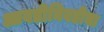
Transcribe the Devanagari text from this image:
आवडीनिवडीचा